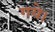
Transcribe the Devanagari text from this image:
गयेे।